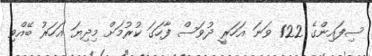
ސިފައިންގެ 122 ވަނަ އަހަރީ ދުވަސް ފާހަގަ ކުރުމަށް މިދިޔަ އަހަރު ބޭއްވި